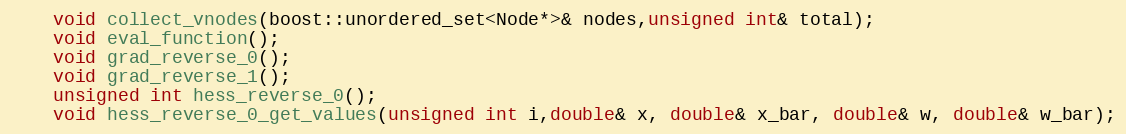
Language: C
	void collect_vnodes(boost::unordered_set<Node*>& nodes,unsigned int& total);
	void eval_function();
	void grad_reverse_0();
	void grad_reverse_1();
	unsigned int hess_reverse_0();
	void hess_reverse_0_get_values(unsigned int i,double& x, double& x_bar, double& w, double& w_bar);